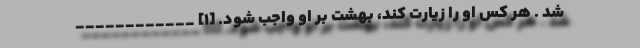
شد . هر كس او را زيارت كند، بهشت بر او واجب شود. [1] ____________